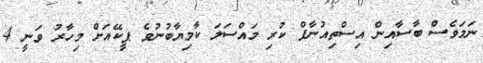
ނަމަވެސް ބާސާއިން އިސްތިއުނާފް ކުރި މައްސަލަ ކާމިޔާބުނުވެ ޕީކޭއަށް މިހާރު ވަނީ 4